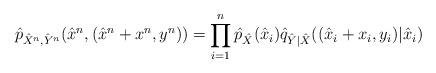
LaTeX: \begin{align*}\hat p_{\hat X^n, \hat Y^n}(\hat x^n,(\hat x^n + x^n, y^n))= \prod_{i=1}^n \hat p_{\hat X}(\hat x_i) \hat q_{\hat Y|\hat X}((\hat x_i + x_i,y_i)|\hat x_i) \end{align*}